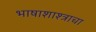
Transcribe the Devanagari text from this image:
भाषाशाश्त्राचा